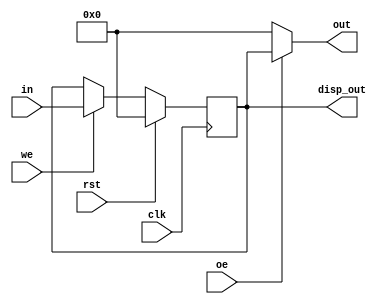
`timescale 1ns / 1ps
//////////////////////////////////////////////////////////////////////////////////
// Company:
// Engineer:
//
// Design Name:
// Module Name:    register
// Project Name:
// Target Devices:
// Tool versions:
// Description:
//
// Dependencies:
//
// Revision:
// Revision 0.01 - File Created
// Additional Comments:
//
//////////////////////////////////////////////////////////////////////////////////
module register(
        clk,
        rst,
        oe,
        we,
        in,
        out,
        disp_out
    );

parameter width = 16;

input               clk;
input               rst;
input               oe;
input               we;
input [width-1 : 0] in;
output[width-1 : 0] out;
output[width-1 : 0] disp_out;

reg [width-1 : 0]   data;

always @(posedge clk) begin
    if(rst)
        data <= 0;
    else if(we)
        data <= in;
end

assign out = oe ? data : 0;
assign disp_out = data;

endmodule